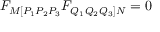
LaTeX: F _ { M [ P _ { 1 } P _ { 2 } P _ { 3 } } F _ { Q _ { 1 } Q _ { 2 } Q _ { 3 } ] N } = 0